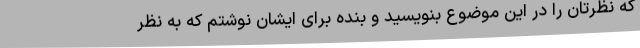
که نظرتان را در این موضوع بنویسید و بنده برای ایشان نوشتم که به نظر